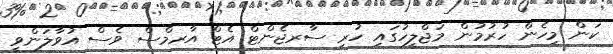
ކަން މިހެން ހުރުުމުން މަޖްލީހުގައި ހުރި ސާރޖެންޓް އެޓް އާރމްސް ވެސް އުވާލަންވީ